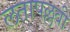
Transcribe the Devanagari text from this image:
लतापल्लवी